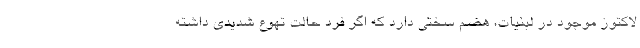
لاکتوز موجود در لبنیات، هضم سختی دارد که اگر فرد حالت تهوع شدیدی داشته